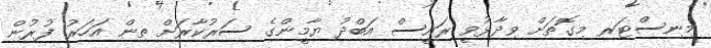
މިނިސްޓަރ މިގޮތަށް ވިދާޅުވީ ރައީސް އަބްދު ޔާމީންގެ ސަރުކާރަށް ތިން އަހަރު ފުރުން